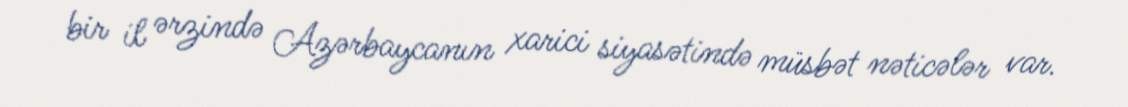
bir il ərzində Azərbaycanın xarici siyasətində müsbət nəticələr var.